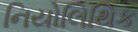
નિયોલિથિક